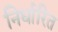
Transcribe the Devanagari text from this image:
निर्धारित